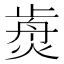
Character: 𤌺